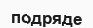
подряде